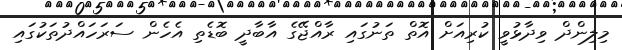
މިލިންދް ވިދާޅުވީ ކުރިއަށް އޮތް ތަނުގައި ރާއްޖޭގެ އާބާދީ ބޮޑެތި އެހެން ސަރަހައްދުތަކުގައި